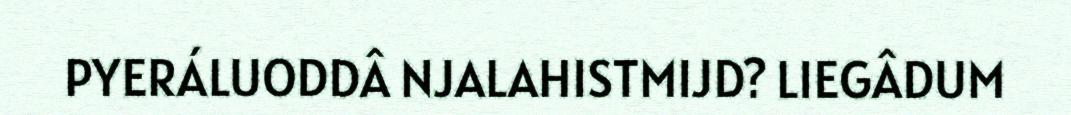
PYERÁLUODDÂ NJALAHISTMIJD? LIEGÂDUM